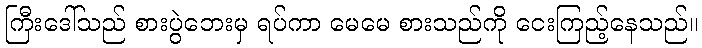
ကြီးဒေါ်သည် စားပွဲဘေးမှ ရပ်ကာ မေမေ စားသည်ကို ငေးကြည့်နေသည်။